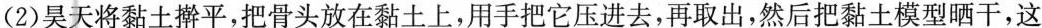
(2)昊天将黏土擀平，把骨头放在黏土上，用手把它压进去，再取出，然后把黏土模型晒干，这